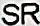
SR